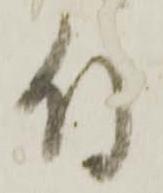
付